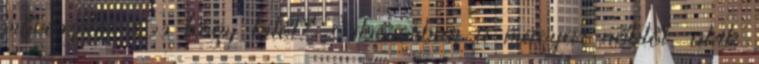
művészetét. És hogy kitől? Elsősorban a magyar nőktől, akik